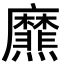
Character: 爢